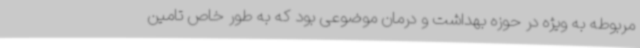
مربوطه به ویژه در حوزه بهداشت و درمان موضوعی بود که به طور خاص تامین